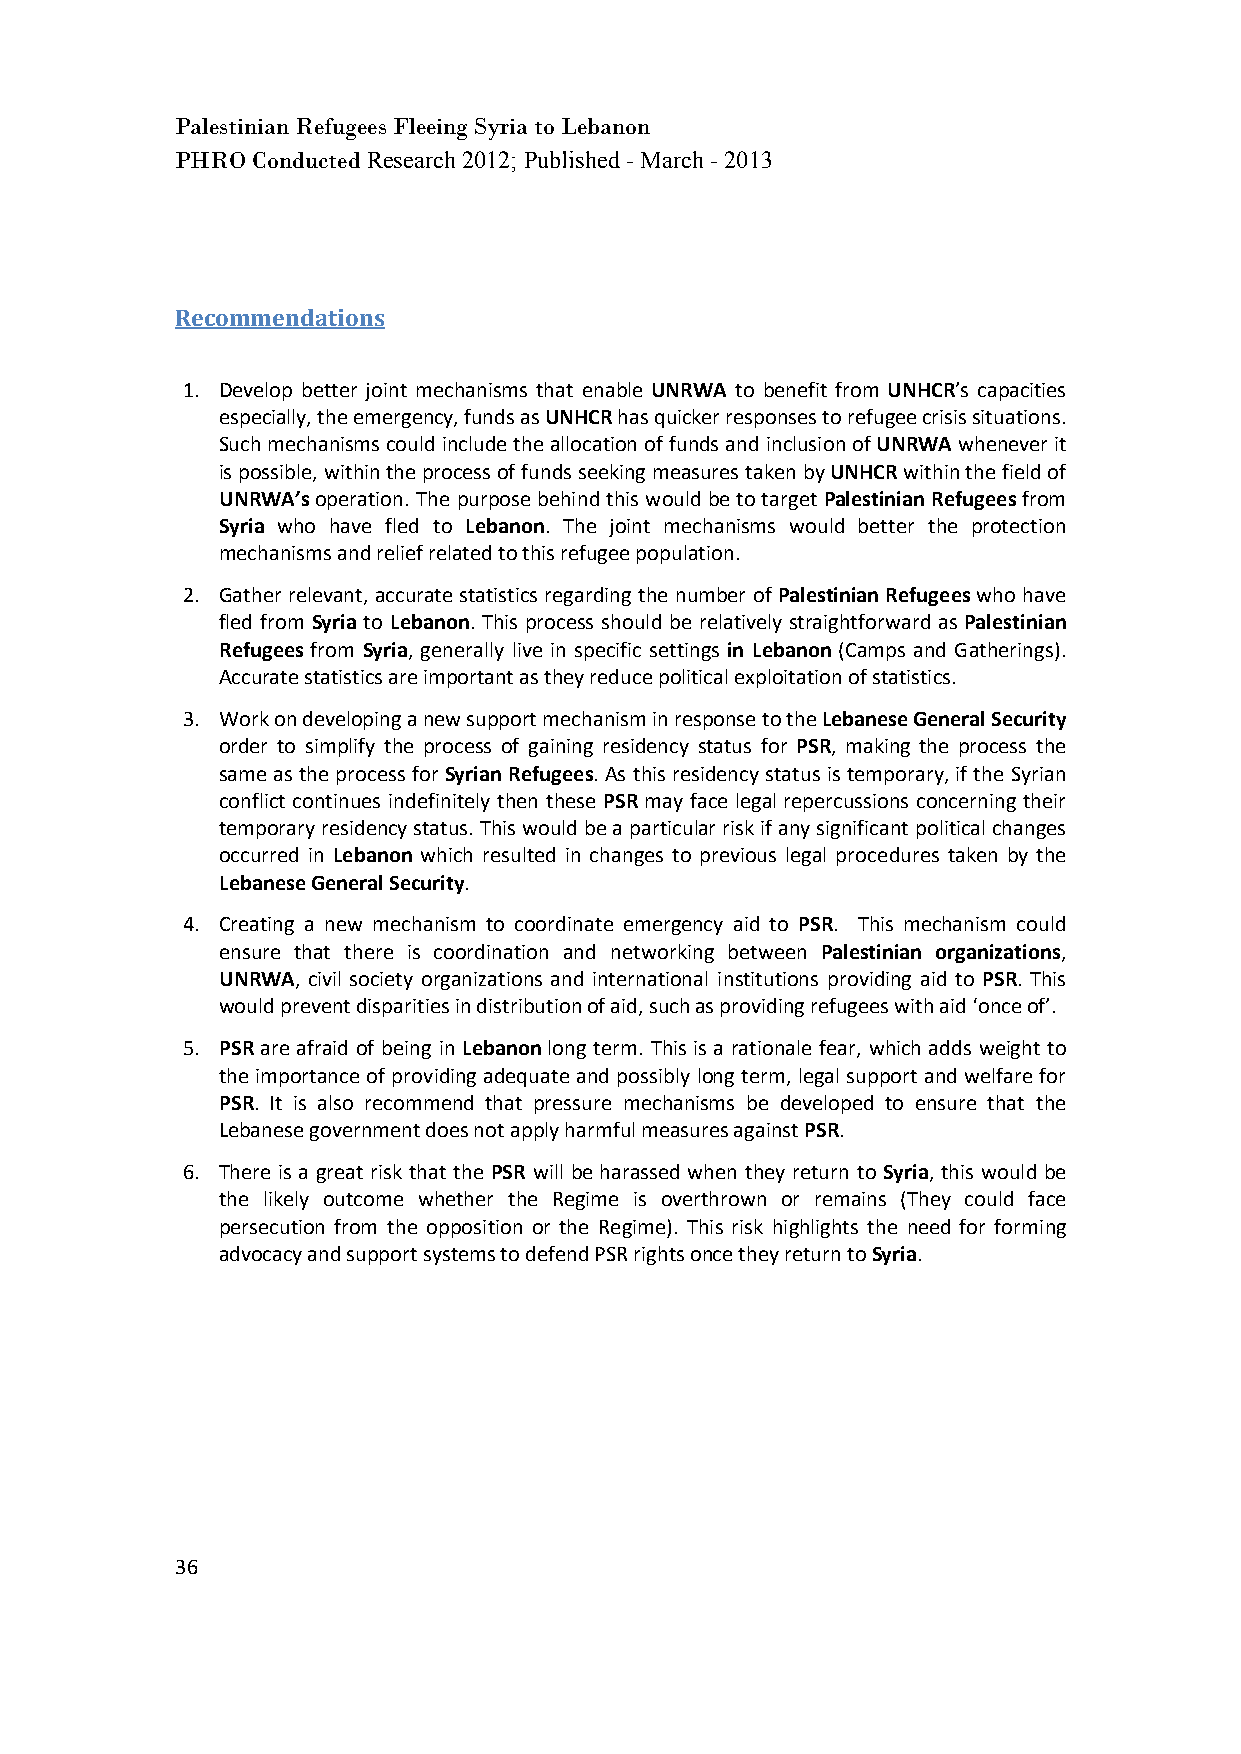
Palestinian Refugees Fleeing Syria to Lebanon
 PHRO Conducted Research 2012; Published - March - 2013
 Recommendations
 1. Develop better joint mechanisms that enable UNRWA to benefit from UNHCR’s capacities
 especially, the emergency, funds as UNHCR has quicker responses to refugee crisis situations.
 Such mechanisms could include the allocation of funds and inclusion of UNRWA whenever it
 is possible, within the process of funds seeking measures taken by UNHCR within the field of
 UNRWA’s operation. The purpose behind this would be to target Palestinian Refugees from
 Syria who have fled to Lebanon. The joint mechanisms would better the protection
 mechanisms and relief related to this refugee population.
 2. Gather relevant, accurate statistics regarding the number of Palestinian Refugees who have
 fled from Syria to Lebanon. This process should be relatively straightforward as Palestinian
 Refugees from Syria, generally live in specific settings in Lebanon (Camps and Gatherings).
 Accurate statistics are important as they reduce political exploitation of statistics.
 3. Work on developing a new support mechanism in response to the Lebanese General Security
 order to simplify the process of gaining residency status for PSR, making the process the
 same as the process for Syrian Refugees. As this residency status is temporary, if the Syrian
 conflict continues indefinitely then these PSR may face legal repercussions concerning their
 temporary residency status. This would be a particular risk if any significant political changes
 occurred in Lebanon which resulted in changes to previous legal procedures taken by the
 Lebanese General Security.
 4. Creating a new mechanism to coordinate emergency aid to PSR. This mechanism could
 ensure that there is coordination and networking between Palestinian organizations,
 UNRWA, civil society organizations and international institutions providing aid to PSR. This
 would prevent disparities in distribution of aid, such as providing refugees with aid ‘once of’.
 5. PSR are afraid of being in Lebanon long term. This is a rationale fear, which adds weight to
 the importance of providing adequate and possibly long term, legal support and welfare for
 PSR. It is also recommend that pressure mechanisms be developed to ensure that the
 Lebanese government does not apply harmful measures against PSR.
 6. There is a great risk that the PSR will be harassed when they return to Syria, this would be
 the likely outcome whether the Regime is overthrown or remains (They could face
 persecution from the opposition or the Regime). This risk highlights the need for forming
 advocacy and support systems to defend PSR rights once they return to Syria.
 36